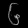
Digit: ၆